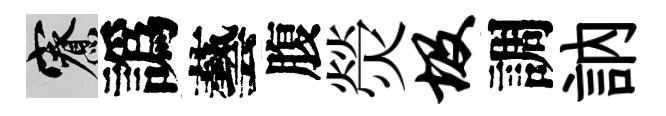
寮譌藝腹熒圾調訥